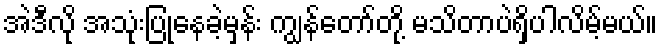
အဲဒီလို အသုံးပြုနေခဲ့မှန်း ကျွန်တော်တို့ မသိတာပဲရှိပါလိမ့်မယ်။